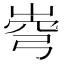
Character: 𡹗